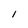
Character: l